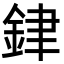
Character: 銉